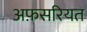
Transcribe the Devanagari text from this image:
अफ़सरियत